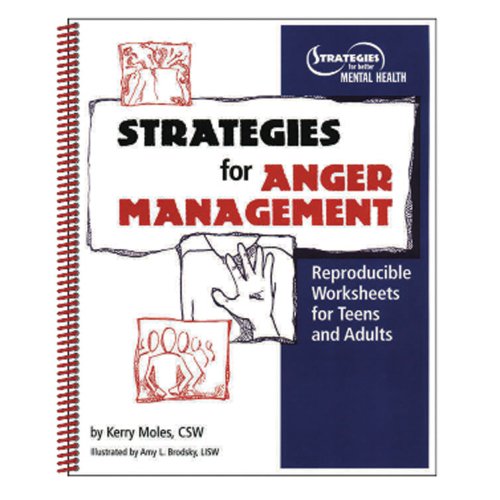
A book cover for Strategies For Anger Management: Reproducible Worksheets For Teens And Adults; Kerry Moles; Self-Help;